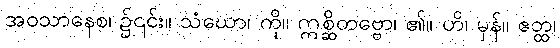
အဝသာနေစ၊ ၌၎င်း။ သံဃော၊ ကို။ ဣစ္ဆိတဗ္ဗော၊ ၏။ ဟိ၊ မှန်။ ဧတ္ထ၊